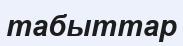
табыттар